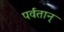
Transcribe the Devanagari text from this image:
पर्वतान्